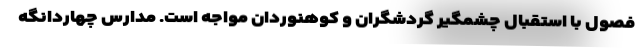
فصول با استقبال چشمگیر گردشگران و کوهنوردان مواجه است. مدارس چهاردانگه